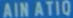
AINATIQ